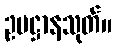
ဥပဋ္ဌာနသုတ်။